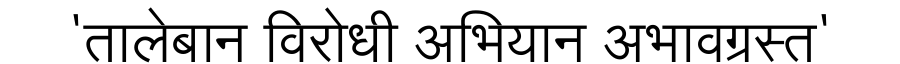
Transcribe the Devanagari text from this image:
'तालेबान विरोधी अभियान अभावग्रस्त'